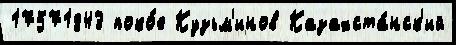
17571843 поко́е Кузьм'инов Казахста́нск'ий